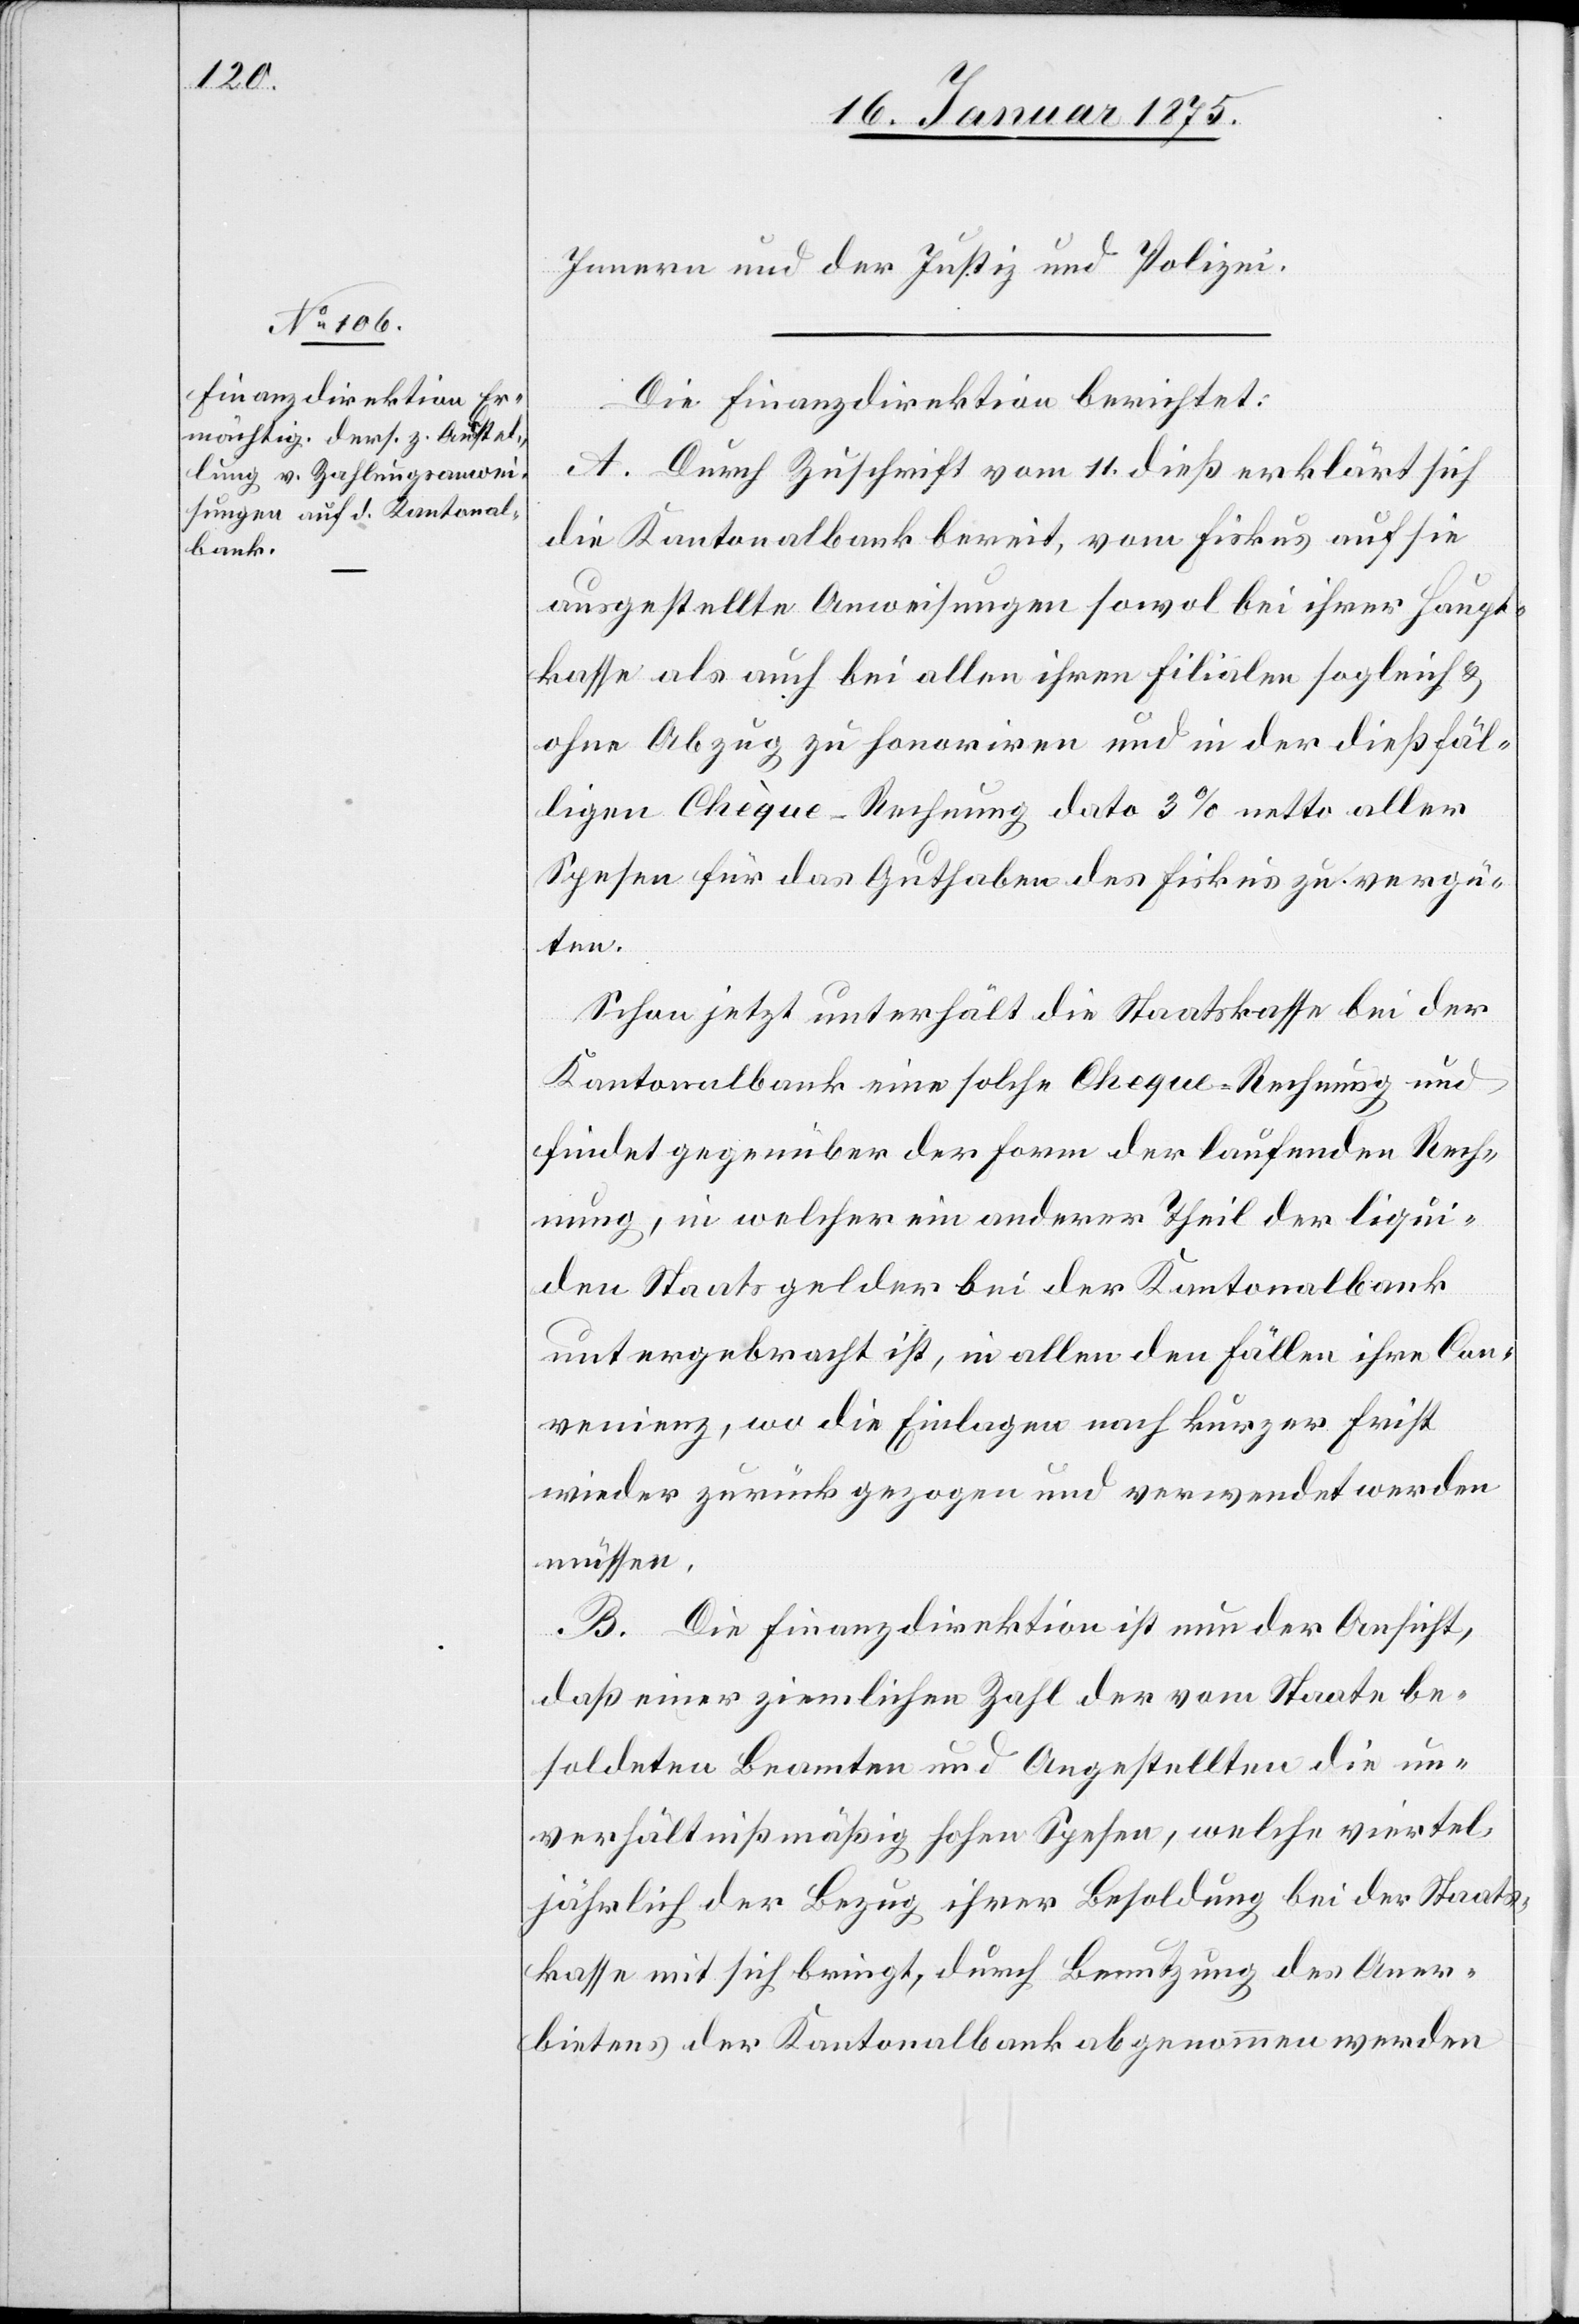
Innern und der Justiz und Polizei.
Die Finanzdirektion berichtet:
A. Durch Zuschrift vom 11. dieß erklärt sich
die Kantonalbank bereit, vom Fiskus auf sie
ausgestellte Anweisungen sowol bei ihrer Haupt¬
kasse als auch bei allen ihren Filialen sogleich &
ohne Abzug zu honoriren und in der dießfäl¬
ligen Chèque-Rechnung dato 3% netto aller
Spesen für das Guthaben des Fiskus zu vergü¬
ten.
Schon jetzt unterhält die Staatskasse bei der
Kantonalbank eine solche Cheque [sic!] -Rechnung und
findet gegenüber der Form der laufenden Rech¬
nung, in welcher ein anderer Theil der liqui¬
den Staatsgelder bei der Kantonalbank
untergebracht ist, in allen den Fällen ihre Con¬
venienz, wo die Einlagen nach kurzer Frist
wieder zurück gezogen und verwendet werden
müssen.
B. Die Finanzdirektion ist nun der Ansicht,
daß einer ziemlichen Zahl der vom Staate be¬
soldeten Beamten und Angestellten die un¬
verhältnißmäßig hohen Spesen, welche viertel¬
jährlich der Bezug ihrer Besoldung bei der Staats¬
kasse mit sich bringt, durch Benutzung des Aner¬
bietens der Kantonalbank abgenommen werden